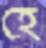
হে